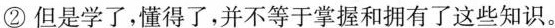
②但是学了，懂得了，并不等于掌握和拥有了这些知识。